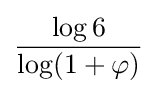
{\frac {\log 6}{\log(1+\varphi )}}